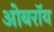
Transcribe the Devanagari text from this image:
ओबराॅय